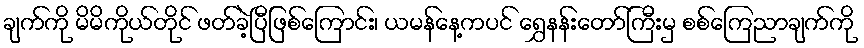
ချက်ကို မိမိကိုယ်တိုင် ဖတ်ခဲ့ပြီဖြစ်ကြောင်း၊ ယမန်နေ့ကပင် ရွှေနန်းတော်ကြီးမှ စစ်ကြေညာချက်ကို